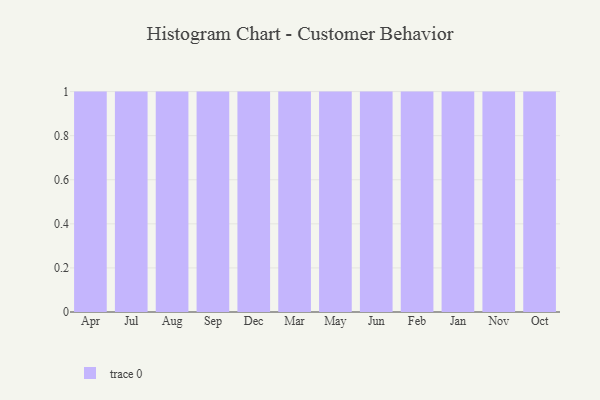
{"axis": {"x": "Month", "y": "Customer Acquisition Cost (USD)"}, "legend": [""], "data": [{"x": "Apr", "y": 87, "type": ""}, {"x": "Jul", "y": 97, "type": ""}, {"x": "Aug", "y": 38, "type": ""}, {"x": "Sep", "y": 98, "type": ""}, {"x": "Dec", "y": 74, "type": ""}, {"x": "Mar", "y": 50, "type": ""}, {"x": "May", "y": 97, "type": ""}, {"x": "Jun", "y": 50, "type": ""}, {"x": "Feb", "y": 8, "type": ""}, {"x": "Jan", "y": 89, "type": ""}, {"x": "Nov", "y": 80, "type": ""}, {"x": "Oct", "y": 64, "type": ""}]}